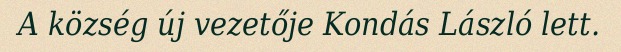
A község új vezetője Kondás László lett.